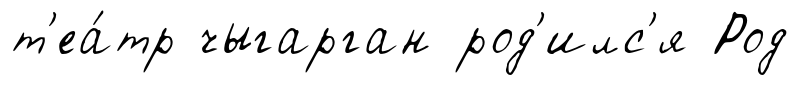
т'еа́тр чыгарган род'илс'я Род